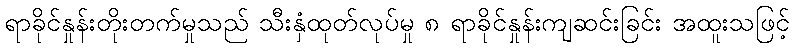
ရာခိုင်နှုန်းတိုးတက်မှုသည် သီးနှံထုတ်လုပ်မှု ၈ ရာခိုင်နှုန်းကျဆင်းခြင်း အထူးသဖြင့်